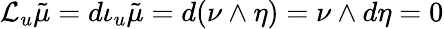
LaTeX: \mathcal{L}_{u}{\tilde{\mu}}=d\iota_{u}{\tilde{\mu}}=d(\nu\wedge\eta)=\nu\wedge d\eta=0